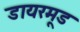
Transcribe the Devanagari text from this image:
डायरमूड